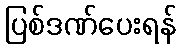
ပြစ်ဒဏ်ပေးရန်